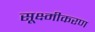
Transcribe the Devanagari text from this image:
सूक्ष्मीकरण